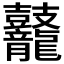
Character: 𪔷